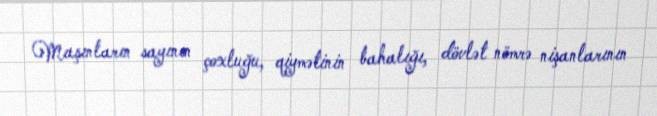
Maşınların sayının çoxluğu, qiymətinin bahalığı, dövlət nömrə nişanlarının